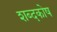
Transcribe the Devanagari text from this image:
शब्‍दकोष